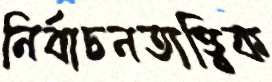
নির্বাচনতাত্ত্বিক